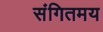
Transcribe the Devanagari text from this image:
संगितमय